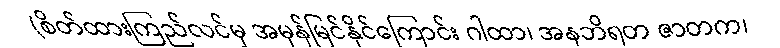
(စိတ်ထားကြည်လင်မှ အမှန်မြင်နိုင်ကြောင်း ဂါထာ၊ အနဘိရတ ဇာတက၊